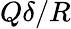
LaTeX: Q\delta/R